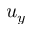
u _ { y }